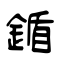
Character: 鍎